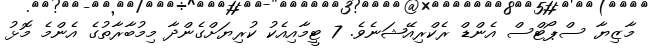
މާޒިޔާ ސްޕޯޓްސް އެންޑް ރެކްރިއޭޝަނެވެ. 7 ޓީމާއިއެކު ކުރިޔަށްގެންދާ މިމުބާރާތުގެ އެންމެ މޮޅު